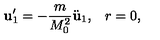
{ \bf u } _ { 1 } ^ { \prime } = - \frac { m } { M _ { 0 } ^ { 2 } } \ddot { \bf u } _ { 1 } { , } \quad r = 0 { , }